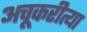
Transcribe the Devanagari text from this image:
अचूकरीत्या